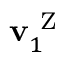
\mathbf { v } _ { 1 } ^ { \mathrm { ~ Z ~ } }